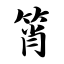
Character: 筲